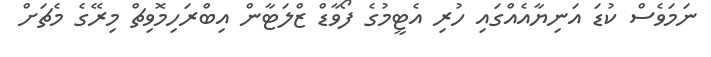
ނަމަވެސް ކުޑަ އަނިޔާއެއްގައި ހުރި އެޓީމުގެ ފޯވާޑް ޒްލަޓާން އިބްރަހިމޮވިޗް މިރޭގެ މެޗަށް